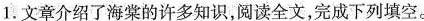
1.文章介绍了海棠的许多知识，阅读全文，完成下列填空。